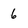
Character: 6